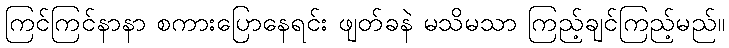
ကြင်ကြင်နာနာ စကားပြောနေရင်း ဖျတ်ခနဲ မသိမသာ ကြည့်ချင်ကြည့်မည်။